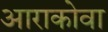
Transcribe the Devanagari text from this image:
आराकोवा